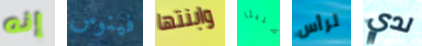
إنه فينوس وابنتها مليئا لرأس لدي